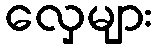
လှေများ